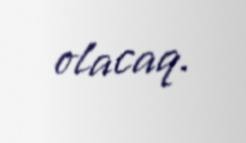
olacaq.